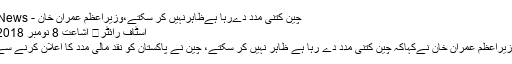
چین کتنی مدد دےرہا ہےظاہرنہیں کر سکتے،وزیراعظم عمران خان - Ummat News
اسٹاف رائٹر	 اشاعت 8 نومبر 2018 - 18:40
اسلام آباد: وزیراعظم عمران خان نےکہاکہ چین کتنی مدد دے رہا ہے ظاہر نہیں کر سکتے، چین نے پاکستان کو نقد مالی مدد کا اعلان کرنے سے روکا ہے۔